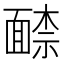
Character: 𩈶